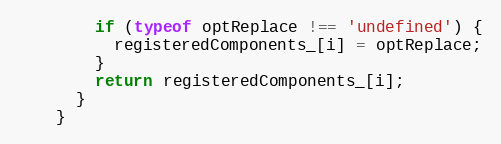
Language: JavaScript
        if (typeof optReplace !== 'undefined') {
          registeredComponents_[i] = optReplace;
        }
        return registeredComponents_[i];
      }
    }